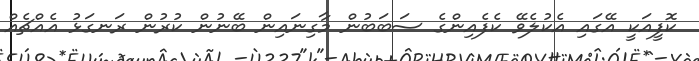
ކޮފީއަކީ އޭގައި އެކުލެވޭ ކެފެއިންގެ ސަބަބުން މާގިނައިން ބޭނުން ކުރުން ރަނގަޅު އެއްޗެއް